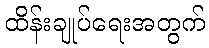
ထိန်းချုပ်ရေးအတွက်